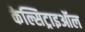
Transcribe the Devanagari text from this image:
कैल्सिट्राइऑल